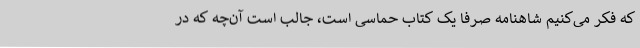
که فکر می‌کنیم شاهنامه صرفا یک کتاب حماسی است، جالب است آن‌چه که در